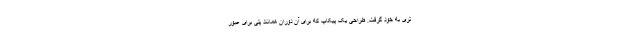
تری به خود گرفت. طراحی یک پیکاپ که برای آن دوران همانند پلی برای عبور